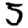
Digit: 5